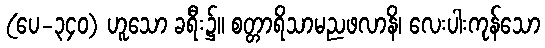
(ပေ-၃၄၀) ဟူသော ခရီး၌။ စတ္တာရိသာမညဖလာနိ၊ လေးပါးကုန်သော